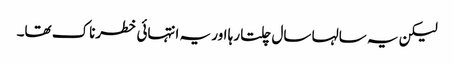
لیکن یہ سالہا سال چلتا رہا اور یہ انتہائی خطرناک تھا۔